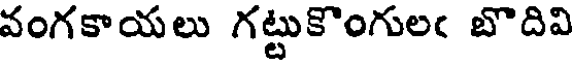
వంగకాయలు గట్టుకొంగులఁ బొదివి